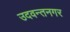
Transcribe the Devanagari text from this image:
उदवन्तनगर